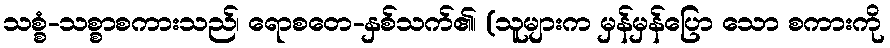
သစ္စံ-သစ္စာစကားသည်၊ ရောစတေ-နှစ်သက်၏၊ (သူများက မှန်မှန်ပြော သော စကားကို